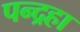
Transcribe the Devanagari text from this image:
पन्द्रहा